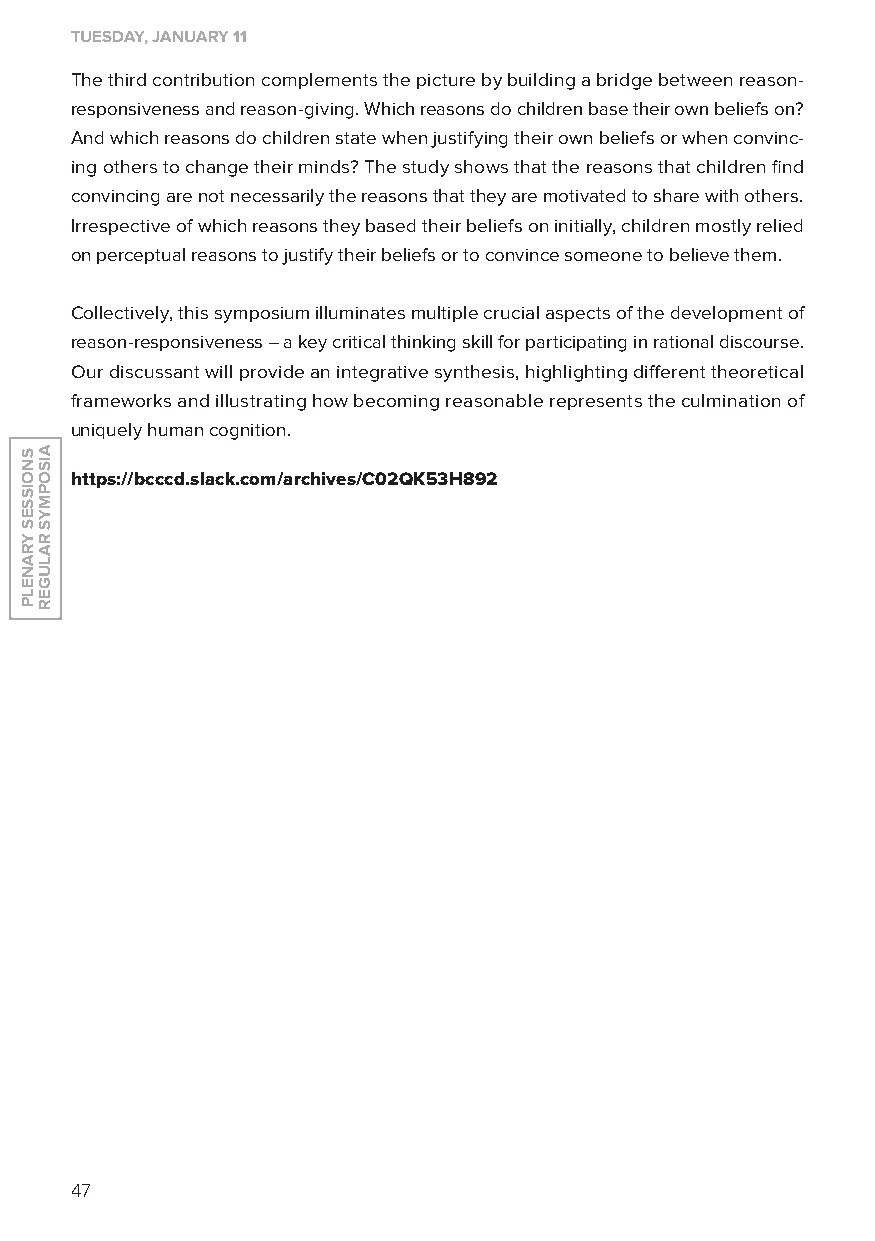
tuesday, January 11
 The third contribution complements the picture by building a bridge between reason-
 responsiveness and reason-giving. Which reasons do children base their own beliefs on?
 And which reasons do children state when justifying their own beliefs or when convinc-
 ing others to change their minds? The study shows that the reasons that children find
 convincing are not necessarily the reasons that they are motivated to share with others.
 Irrespective of which reasons they based their beliefs on initially, children mostly relied
 on perceptual reasons to justify their beliefs or to convince someone to believe them.
 Collectively, this symposium illuminates multiple crucial aspects of the development of
 reason-responsiveness – a key critical thinking skill for participating in rational discourse.
 our discussant will provide an integrative synthesis, highlighting different theoretical
 frameworks and illustrating how becoming reasonable represents the culmination of
 uniquely human cognition.
 https://bcccd.slack.com/archives/C02Qk53h892
 47
 SnoiSSeS
 yranelP
 aiSoPMyS
 ralUGer